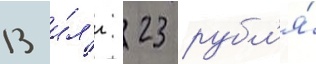
13 и́л'и 23 рубл'я́